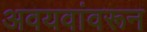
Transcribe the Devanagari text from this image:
अवयवांवरून